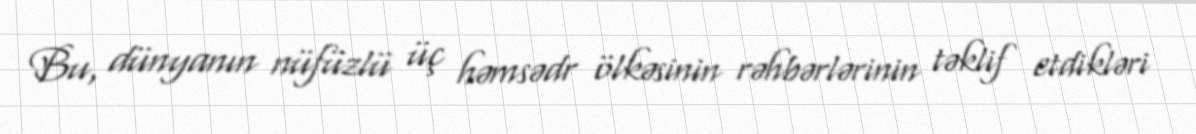
Bu, dünyanın nüfüzlü üç həmsədr ölkəsinin rəhbərlərinin təklif etdikləri